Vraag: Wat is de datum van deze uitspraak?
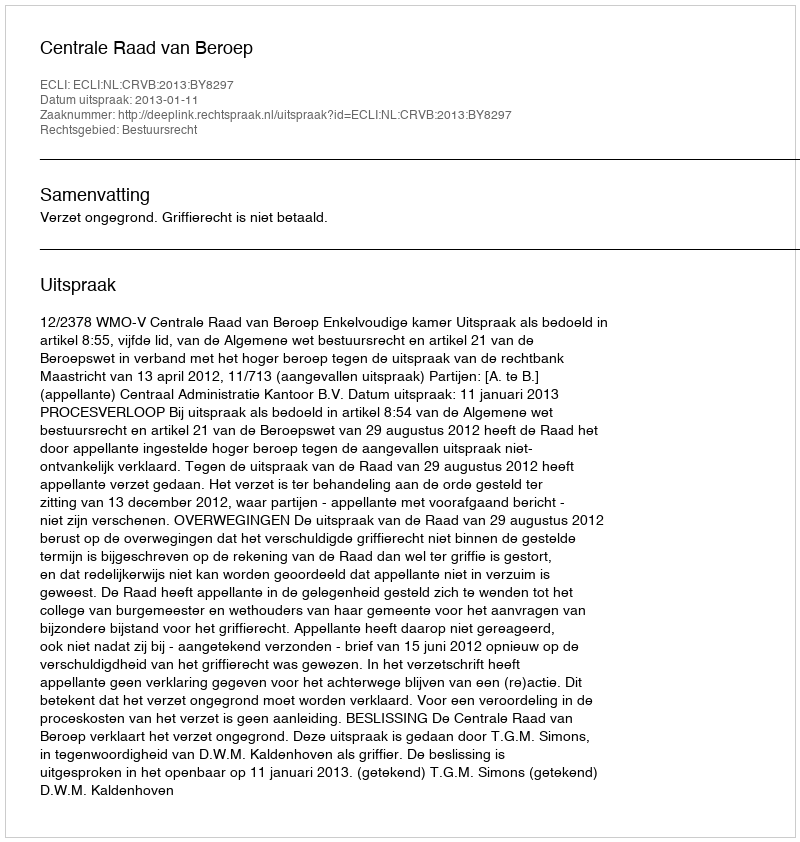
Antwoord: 2013-01-11